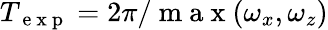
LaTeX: T_{\mathrm{~e~x~p~}}=2\pi/\mathrm{~m~a~x~}(\omega_{x},\omega_{z})